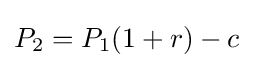
P_{2}=P_{1}(1+r)-c